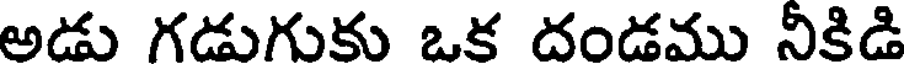
అడు గడుగుకు ఒక దండము నీకిడి